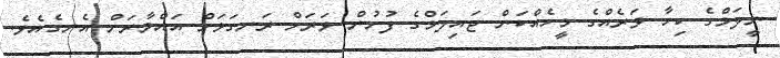
ނީލަމްގެ ކިހާ ވަރެއްގެ މީހެއްކަން ޖައިލަމްގެ ފުށުން ވަރަށް ރަނގަޅަށް އައްމާރަށް އެނގެއެވެ.